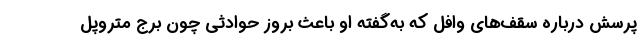
پرسش درباره سقف‌های وافل که به‌گفته او باعث بروز حوادثی چون برج متروپل